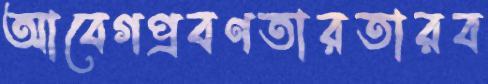
আবেগপ্রবণতারতারব